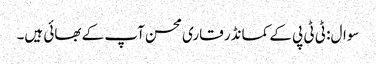
سوال: ٹی ٹی پی کے کمانڈر قاری محسن آپ کے بھائی ہیں۔